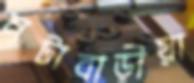
নটাবাড়ীয়া